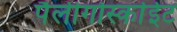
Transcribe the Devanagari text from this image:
पैलीगोर्स्काईट